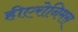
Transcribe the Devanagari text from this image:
हीएरोनिमस